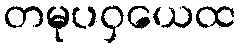
တမုပဝှယေထ